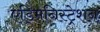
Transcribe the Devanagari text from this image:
एड्मिनिस्ट्रेशन